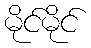
မိုင်မိုင်